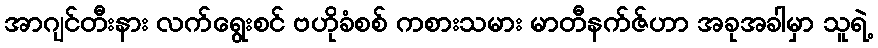
အာဂျင်တီးနား လက်ရွေးစင် ဗဟိုခံစစ် ကစားသမား မာတီနက်ဇ်ဟာ အခုအခါမှာ သူရဲ့